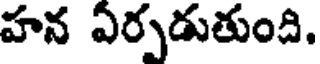
హన ఏర్పడుతుంది.